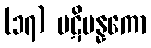
(၁၇) ပဋိပန္နကော